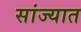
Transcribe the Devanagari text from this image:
सांज्यात